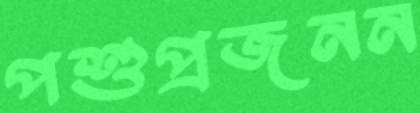
পশুপ্রজনন